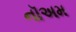
નૉઅમ